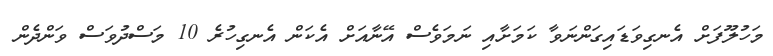
މަހުލޫފަށް އެނގިވަޑައިގަންނަވާ ކަމަށާއި ނަމަވެސް އޭނާއަށް އެކަން އެނގިހުރެ 10 މަސްދުވަސް ވަންދެން